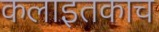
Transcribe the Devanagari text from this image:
कलाइतकाच